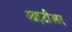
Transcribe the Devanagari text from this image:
आइटीआर